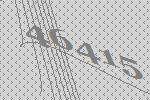
46415